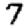
Digit: 7